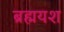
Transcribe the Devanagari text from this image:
ब्रह्मयश